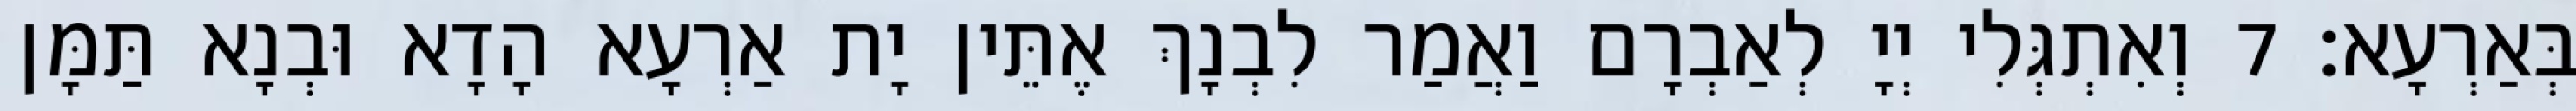
בְּאַרְעָא׃ 7 וְאִתְגְּלִי יְיָ לְאַבְרָם וַאֲמַר לִבְנָךְ אֶתֵּין יָת אַרְעָא הָדָא וּבְנָא תַּמָּן